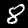
Label: 8